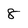
Character: 8